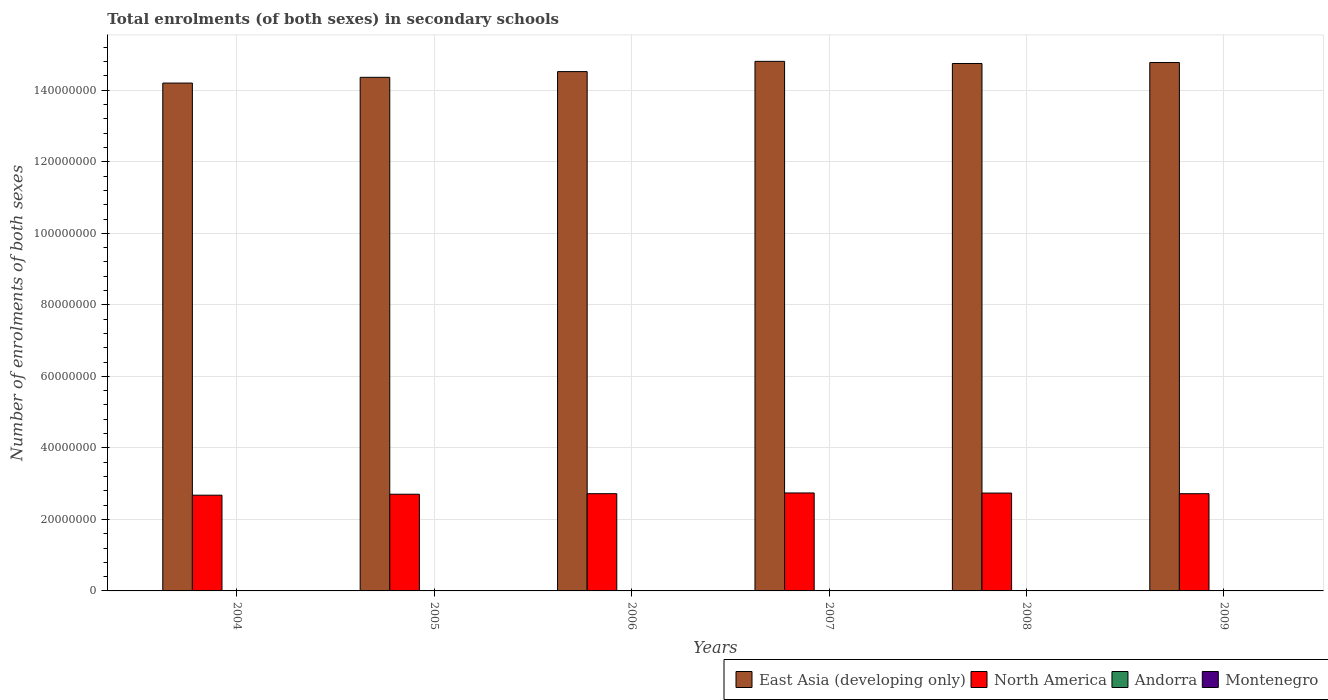
| Years | East Asia (developing only) | North America | Andorra | Montenegro |
 | --- | --- | --- | --- | --- |
 | 2004 | 1.42e+08 | 2.68e+07 | 3.25e+03 | 6.88e+04 |
 | 2005 | 1.44e+08 | 2.7e+07 | 3.74e+03 | 6.85e+04 |
 | 2006 | 1.45e+08 | 2.72e+07 | 3.84e+03 | 6.82e+04 |
 | 2007 | 1.48e+08 | 2.74e+07 | 3.82e+03 | 6.77e+04 |
 | 2008 | 1.47e+08 | 2.74e+07 | 3.85e+03 | 6.7e+04 |
 | 2009 | 1.48e+08 | 2.72e+07 | 3.91e+03 | 6.81e+04 |